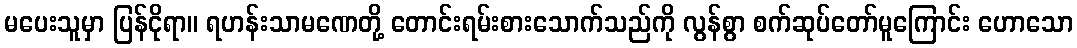
မပေးသူမှာ ပြန်ငိုရာ။ ရဟန်းသာမဏေတို့ တောင်းရမ်းစားသောက်သည်ကို လွန်စွာ စက်ဆုပ်တော်မူကြောင်း ဟောသော